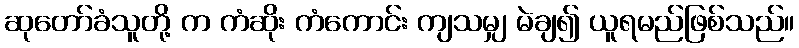
ဆုတော်ခံသူတို့ က ကံဆိုး ကံကောင်း ကျသမျှ မဲချ၍ ယူရမည်ဖြစ်သည်။